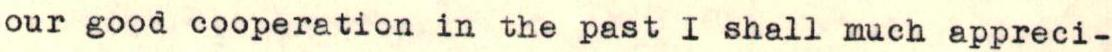
our good cooperation in the past I shall much appreci-